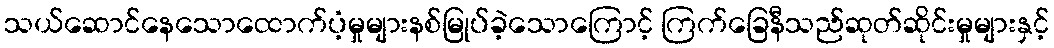
သယ်ဆောင်နေသောထောက်ပံ့မှုများနစ်မြုပ်ခဲ့သောကြောင့် ကြက်ခြေနီသည်ဆုတ်ဆိုင်းမှုများနှင့်